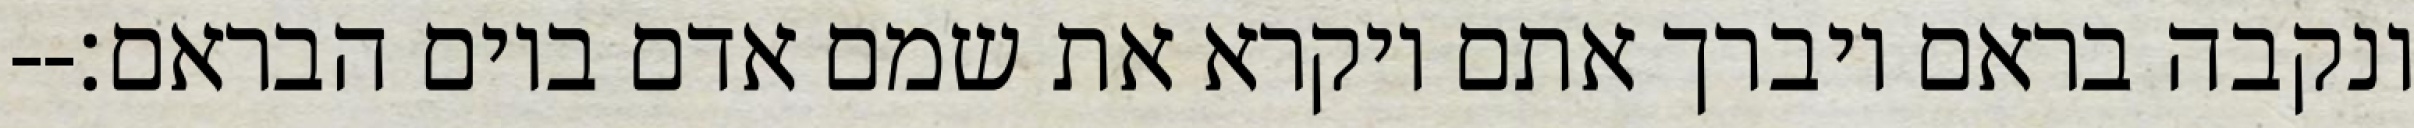
ונקבה בראם ויברך אתם ויקרא את שמם אדם ביום הבראם׃--